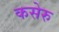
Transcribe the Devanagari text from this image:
कसेरु